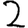
Digit: 2